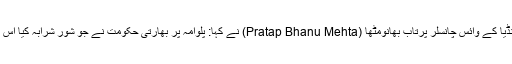
اگلے روز اَشوکا یونیورسٹی انڈیا کے وائس چانسلر پرتاب بھانومِٹھا (Pratap Bhanu Mehta) نے کہا: پلوامہ پر بھارتی حکومت نے جو شور شرابہ کیا اُس نے بھارت کو نقصان پہنچایا۔